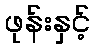
ဖုန်းနှင့်